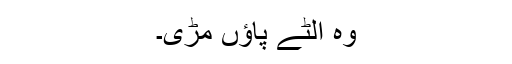
وہ الٹے پاؤں مڑی۔